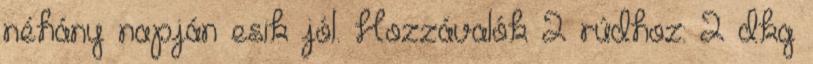
néhány napján esik jól. Hozzávalók 2 rúdhoz: 2 dkg